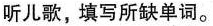
听儿歌，填写所缺单词。